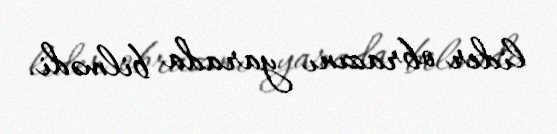
lider obrazını yarada bilmədi.